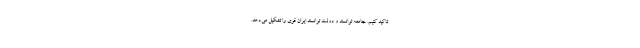
تاکید کنیم. جامعه توانمند و دولت توانمند ایران قوی را تشکیل می‌دهد.